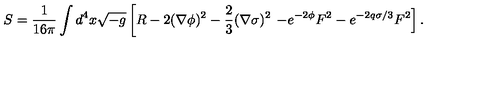
S = \frac { 1 } { 1 6 \pi } \int d ^ { 4 } x \sqrt { - g } \left[ R - 2 ( \nabla \phi ) ^ { 2 } - \frac { 2 } { 3 } ( \nabla \sigma ) ^ { 2 } \right. \left. - e ^ { - 2 \phi } F ^ { 2 } - e ^ { - 2 q \sigma / 3 } F ^ { 2 } \right] .